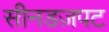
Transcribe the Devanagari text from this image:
सीनडज़पट